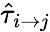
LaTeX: \hat{\tau}_{i\rightarrow j}